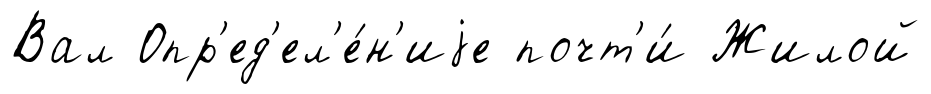
Вал Опр'ед'ел'е́н'иjе почт'и́ Жилой